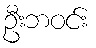
ဦးဘဝင်း